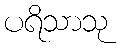
ပရိသာသု